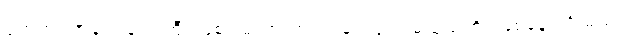
ရုတ်တရက်ချက်ချင်းကြီး ဖြစ်ပါ့မလားကွယ်၊ မင့်လူက မယုံသင်္ကာ ဖြစ်နေပါဦးမယ်